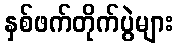
နှစ်ဖက်တိုက်ပွဲများ